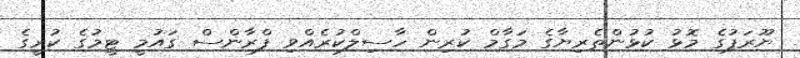
ޔޫރަޕުގެ މޮޅު ކުޅުންތެރިޔާގެ މަގާމް ކުރިން ހާސިލްކުރެއްވި ފްރާންސް ގައުމީ ޓީމުގެ ކުރީގެ